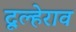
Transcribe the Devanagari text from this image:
दूल्हेराव